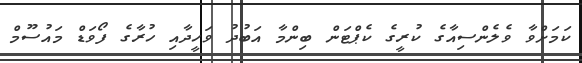
ކަމަށްވާ ވެލެންސިއާގެ ކުރީގެ ކެޕްޓަން ބިންމާ އަބުދު ވަހީދާއި ހުރާގެ ފޯވަޑް މައުސޫމް